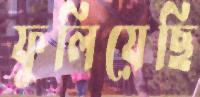
ফুলিয়েছি